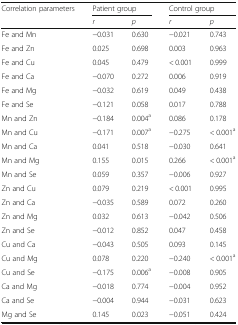
<table><thead><tr><td><b>Correlation parameters</b></td><td colspan="2"><b>Patient group</b></td><td colspan="2"><b>Control group</b></td></tr><tr><td></td><td><b><i>r</i></b></td><td><b><i>p</i></b></td><td><b><i>r</i></b></td><td><b><i>p</i></b></td></tr></thead><tbody><tr><td>Fe and Mn</td><td>−0.031</td><td>0.630</td><td>−0.021</td><td>0.743</td></tr><tr><td>Fe and Zn</td><td>0.025</td><td>0.698</td><td>0.003</td><td>0.963</td></tr><tr><td>Fe and Cu</td><td>0.045</td><td>0.479</td><td>&lt; 0.001</td><td>0.999</td></tr><tr><td>Fe and Ca</td><td>−0.070</td><td>0.272</td><td>0.006</td><td>0.919</td></tr><tr><td>Fe and Mg</td><td>−0.032</td><td>0.619</td><td>0.049</td><td>0.438</td></tr><tr><td>Fe and Se</td><td>−0.121</td><td>0.058</td><td>0.017</td><td>0.788</td></tr><tr><td>Mn and Zn</td><td>−0.184</td><td>0.004<sup>a</sup></td><td>0.086</td><td>0.178</td></tr><tr><td>Mn and Cu</td><td>−0.171</td><td>0.007<sup>a</sup></td><td>−0.275</td><td>&lt; 0.001<sup>a</sup></td></tr><tr><td>Mn and Ca</td><td>0.041</td><td>0.518</td><td>−0.030</td><td>0.641</td></tr><tr><td>Mn and Mg</td><td>0.155</td><td>0.015</td><td>0.266</td><td>&lt; 0.001<sup>a</sup></td></tr><tr><td>Mn and Se</td><td>0.059</td><td>0.357</td><td>−0.006</td><td>0.927</td></tr><tr><td>Zn and Cu</td><td>0.079</td><td>0.219</td><td>&lt; 0.001</td><td>0.995</td></tr><tr><td>Zn and Ca</td><td>−0.035</td><td>0.589</td><td>0.072</td><td>0.260</td></tr><tr><td>Zn and Mg</td><td>0.032</td><td>0.613</td><td>−0.042</td><td>0.506</td></tr><tr><td>Zn and Se</td><td>−0.012</td><td>0.852</td><td>0.047</td><td>0.458</td></tr><tr><td>Cu and Ca</td><td>−0.043</td><td>0.505</td><td>0.093</td><td>0.145</td></tr><tr><td>Cu and Mg</td><td>0.078</td><td>0.220</td><td>−0.240</td><td>&lt; 0.001<sup>a</sup></td></tr><tr><td>Cu and Se</td><td>−0.175</td><td>0.006<sup>a</sup></td><td>−0.008</td><td>0.905</td></tr><tr><td>Ca and Mg</td><td>−0.018</td><td>0.774</td><td>−0.004</td><td>0.952</td></tr><tr><td>Ca and Se</td><td>−0.004</td><td>0.944</td><td>−0.031</td><td>0.623</td></tr><tr><td>Mg and Se</td><td>0.145</td><td>0.023</td><td>−0.051</td><td>0.424</td></tr></tbody></table>